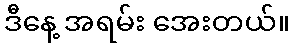
ဒီနေ့ အရမ်း အေးတယ်။